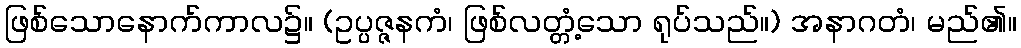
ဖြစ်သောနောက်ကာလ၌။ (ဥပ္ပဇ္ဇနကံ၊ ဖြစ်လတ္တံ့သော ရုပ်သည်။) အနာဂတံ၊ မည်၏။